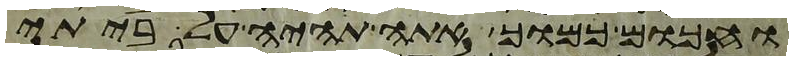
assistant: וחכום כמוך אתה תהיה על ביתי